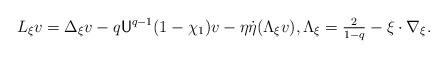
LaTeX: \begin{align*} L_{\xi}v = \Delta_\xi v - q{\sf U}^{q-1} (1-\chi_1) v - \eta\dot\eta (\Lambda_\xi v), \Lambda_\xi=\tfrac{2}{1-q}-\xi\cdot\nabla_\xi. \end{align*}